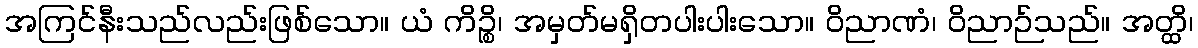
အကြင်နီးသည်လည်းဖြစ်သော။ ယံ ကိဉ္စိ၊ အမှတ်မရှိတပါးပါးသော။ ဝိညာဏံ၊ ဝိညာဉ်သည်။ အတ္ထိ၊